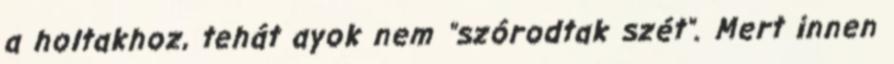
a holtakhoz, tehát ayok nem "szórodtak szét". Mert innen